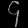
Digit: ၄